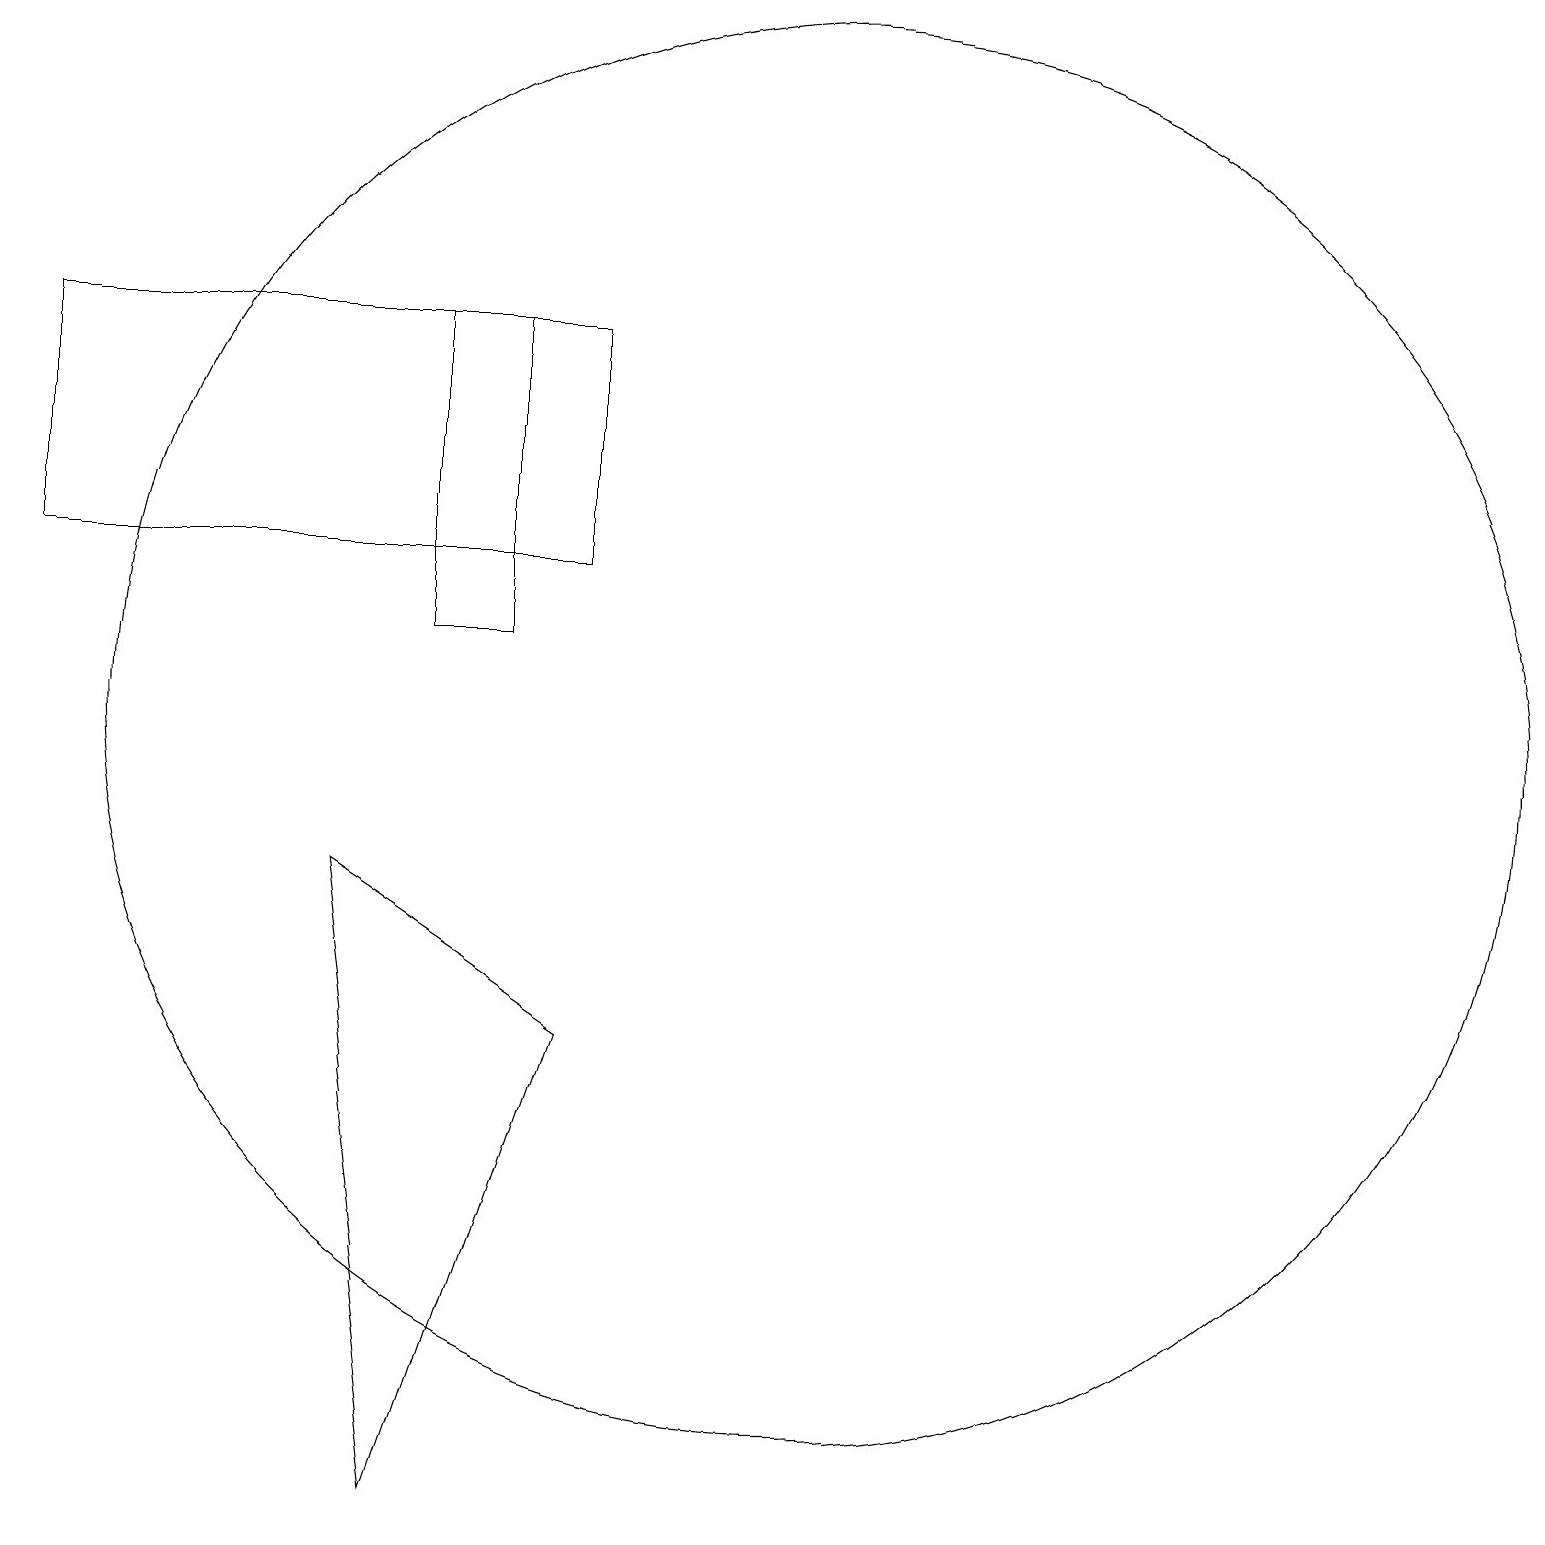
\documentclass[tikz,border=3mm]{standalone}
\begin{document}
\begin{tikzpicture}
\draw (8,6) -- (5,8) -- (6,0) -- cycle;
\draw (11,10) circle (9);
\draw (8,15) rectangle (1,12);
\draw (6,15) rectangle (7,11);
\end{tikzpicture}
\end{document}